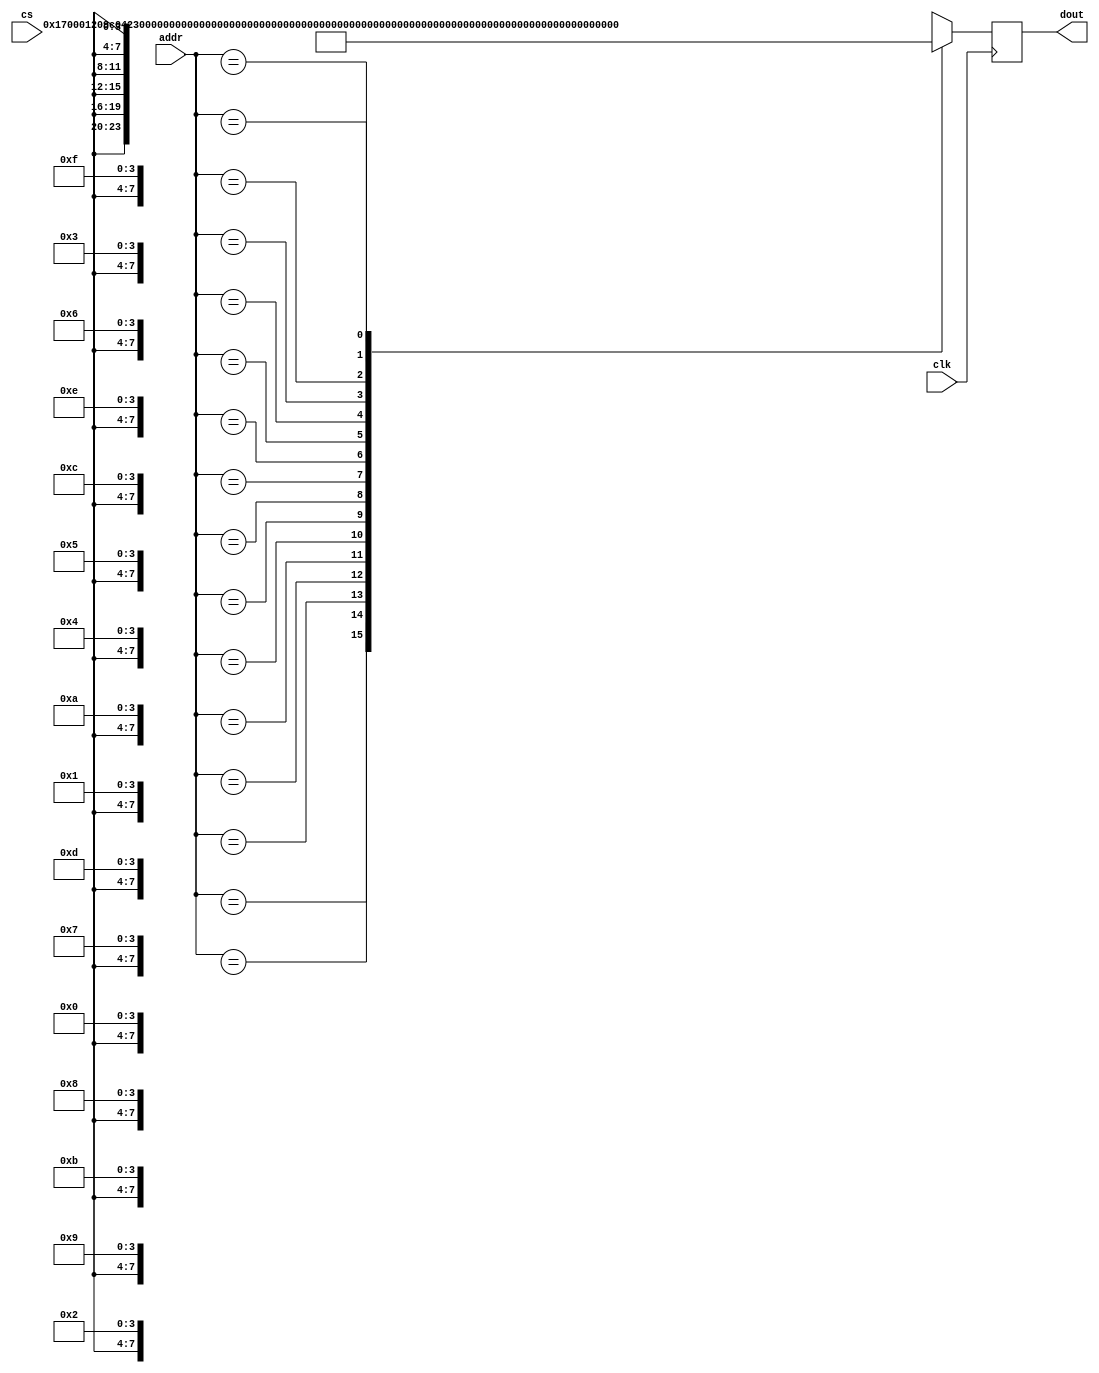
module CombinedROM
(
input clk,
input [7:0] addr,
output [23:0] dout,
input cs );
reg [23:0] q;
always @(posedge clk) 
begin 
case (addr) 
	8'h0x0: q<=24'b000000000001011100000000;
	8'h0x1: q<=24'b000000010010000010011100;
	8'h0x2: q<=24'b000001000010001010011101;
	8'h0x3: q<=24'b000000110010100010010100;
	8'h0x4: q<=24'b000000000010000000110000;
	8'h0x5: q<=24'b000000010100010000110000;
	8'h0x6: q<=24'b000000000010010000000000;
	8'h0x7: q<=24'b000100010001000001001000;
	8'h0x8: q<=24'b000000010001000001000010;
	8'h0x9: q<=24'b000001110010000010011100;
	8'h0xa: q<=24'b000000010011000001100000;
	8'h0xb: q<=24'b000011010010001010011101;
	8'h0xc: q<=24'b000011000010100010010100;
	8'h0xd: q<=24'b000010100000000010010000;
	8'h0xe: q<=24'b000000010011000000011100;
	8'h0xf: q<=24'b000001110000000010010100;
	8'h0x10: q<=24'b000000000011101100010000;
	8'h0x11: q<=24'b000000010011101100010000;
	8'h0x12: q<=24'b000000100011101100010000;
	8'h0x13: q<=24'b000000110011101100010000;
	8'h0x14: q<=24'b000001000011101100010000;
	8'h0x15: q<=24'b000001010011101100010000;
	8'h0x16: q<=24'b101110110010010010000100;
	8'h0x17: q<=24'b000001110011101100010000;
	8'h0x18: q<=24'b000010000011101100010000;
	8'h0x19: q<=24'b000010010011101100010000;
	8'h0x1a: q<=24'b000010100011101100010000;
	8'h0x1b: q<=24'b000010110011101100010000;
	8'h0x1c: q<=24'b000011000011101100010000;
	8'h0x1d: q<=24'b000011010011101100010000;
	8'h0x1e: q<=24'b000011100011101100010000;
	8'h0x1f: q<=24'b000011110011101100010000;
	8'h0x20: q<=24'b000100000111001110110100;
	8'h0x21: q<=24'b000100001011001110110100;
	8'h0x22: q<=24'b000100010111001110110100;
	8'h0x23: q<=24'b000100011011001110110100;
	8'h0x24: q<=24'b000100100111001110110100;
	8'h0x25: q<=24'b000100101011001110110100;
	8'h0x26: q<=24'b000100110111001110110100;
	8'h0x27: q<=24'b000100111011001110110100;
	8'h0x28: q<=24'b000101000111001110110100;
	8'h0x29: q<=24'b000101001011001110110100;
	8'h0x2a: q<=24'b000101010111001110110100;
	8'h0x2b: q<=24'b000101011011001110110100;
	8'h0x2c: q<=24'b000101100111001110110100;
	8'h0x2d: q<=24'b000101101011001110110100;
	8'h0x2e: q<=24'b000101110111001110110100;
	8'h0x2f: q<=24'b000101111011001110110100;
	8'h0x30: q<=24'b000110000111001110110100;
	8'h0x31: q<=24'b000110001011001110110100;
	8'h0x32: q<=24'b000110010111001110110100;
	8'h0x33: q<=24'b000110011011001110110100;
	8'h0x34: q<=24'b000110100111001110110100;
	8'h0x35: q<=24'b000110101011001110110100;
	8'h0x36: q<=24'b000110110111001110110100;
	8'h0x37: q<=24'b000110111011001110110100;
	8'h0x38: q<=24'b000111000111001110110100;
	8'h0x39: q<=24'b000111001011001110110100;
	8'h0x3a: q<=24'b000111010111001110110100;
	8'h0x3b: q<=24'b000111011011001110110100;
	8'h0x3c: q<=24'b000111100111001110110100;
	8'h0x3d: q<=24'b000111101011001110110100;
	8'h0x3e: q<=24'b000111110111001110110100;
	8'h0x3f: q<=24'b000111111011001110110100;
	8'h0x40: q<=24'b000000000010101100010000;
	8'h0x41: q<=24'b010001011011001110110100;
	8'h0x42: q<=24'b000001011011001100110000;
	8'h0x43: q<=24'b000011110011010000110000;
	8'h0x44: q<=24'b010010000000000010010100;
	8'h0x45: q<=24'b111111110001011100110000;
	8'h0x46: q<=24'b001001000001000100110001;
	8'h0x47: q<=24'b001101010001000100110001;
	8'h0x48: q<=24'b000011011100000000110000;
	8'h0x49: q<=24'b010011001100000010001100;
	8'h0x4a: q<=24'b000000000010001000000001;
	8'h0x4b: q<=24'b000011010011001000110001;
	8'h0x4c: q<=24'b110011000001000101000001;
	8'h0x4d: q<=24'b110111000001000001001010;
	8'h0x4e: q<=24'b110111000001000001001010;
	8'h0x4f: q<=24'b110111000001000001001010;
	8'h0x50: q<=24'b110111000001000001001010;
	8'h0x51: q<=24'b110111000001000001001010;
	8'h0x52: q<=24'b110111000001000001001010;
	8'h0x53: q<=24'b110111000001000001001010;
	8'h0x54: q<=24'b110111000001000001001010;
	8'h0x55: q<=24'b110111000001000001001010;
	8'h0x56: q<=24'b110111000001000001001010;
	8'h0x57: q<=24'b110111000001000001001010;
	8'h0x58: q<=24'b110111000001000001001010;
	8'h0x59: q<=24'b110111000001000001001010;
	8'h0x5a: q<=24'b110111000001000001001010;
	8'h0x5b: q<=24'b110111000001000001001010;
	8'h0x5c: q<=24'b110111000001000001001010;
	8'h0x5d: q<=24'b000011100010000000110000;
	8'h0x5e: q<=24'b000111011100001000110001;
	8'h0x5f: q<=24'b011000110000000010010000;
	8'h0x60: q<=24'b000001010011000000001100;
	8'h0x61: q<=24'b000000000010001000000001;
	8'h0x62: q<=24'b000011010011001000110001;
	8'h0x63: q<=24'b011101110001000101000001;
	8'h0x64: q<=24'b110101110001000001001010;
	8'h0x65: q<=24'b110101110001000001001010;
	8'h0x66: q<=24'b110101110001000001001010;
	8'h0x67: q<=24'b110101110001000001001010;
	8'h0x68: q<=24'b110101110001000001001010;
	8'h0x69: q<=24'b110101110001000001001010;
	8'h0x6a: q<=24'b110101110001000001001010;
	8'h0x6b: q<=24'b110101110001000001001010;
	8'h0x6c: q<=24'b110101110001000001001010;
	8'h0x6d: q<=24'b110101110001000001001010;
	8'h0x6e: q<=24'b110101110001000001001010;
	8'h0x6f: q<=24'b110101110001000001001010;
	8'h0x70: q<=24'b110101110001000001001010;
	8'h0x71: q<=24'b110101110001000001001010;
	8'h0x72: q<=24'b110101110001000001001010;
	8'h0x73: q<=24'b110101110001000001001010;
	8'h0x74: q<=24'b110001110001000000110000;
	8'h0x75: q<=24'b000011100011000001010000;
	8'h0x76: q<=24'b000011000010000001010000;
	8'h0x77: q<=24'b110011100001000000000000;
	8'h0x78: q<=24'b011110100010000010011100;
	8'h0x79: q<=24'b000001110011000000110001;
	8'h0x7a: q<=24'b011111010000000010010000;
	8'h0x7b: q<=24'b000011110011000000011100;
	8'h0x7c: q<=24'b000001110011100000010000;
	8'h0x7d: q<=24'b001001110001000000110000;
	8'h0x7e: q<=24'b000111011100000000110000;
	8'h0x7f: q<=24'b100000110000000010010000;
	8'h0x80: q<=24'b000001000011000000001100;
	8'h0x81: q<=24'b000000000010001000000001;
	8'h0x82: q<=24'b110111010011001000110001;
	8'h0x83: q<=24'b110011000001000101000001;
	8'h0x84: q<=24'b110111000001000001001010;
	8'h0x85: q<=24'b110111000001000001001010;
	8'h0x86: q<=24'b110111000001000001001010;
	8'h0x87: q<=24'b110111000001000001001010;
	8'h0x88: q<=24'b110111000001000001001010;
	8'h0x89: q<=24'b110111000001000001001010;
	8'h0x8a: q<=24'b110111000001000001001010;
	8'h0x8b: q<=24'b110111000001000001001010;
	8'h0x8c: q<=24'b110111000001000001001010;
	8'h0x8d: q<=24'b110111000001000001001010;
	8'h0x8e: q<=24'b110111000001000001001010;
	8'h0x8f: q<=24'b110111000001000001001010;
	8'h0x90: q<=24'b110111000001000001001010;
	8'h0x91: q<=24'b110111000001000001001010;
	8'h0x92: q<=24'b110111000001000001001010;
	8'h0x93: q<=24'b110111000001000001001010;
	8'h0x94: q<=24'b000010010010000000110000;
	8'h0x95: q<=24'b000011011100000000110000;
	8'h0x96: q<=24'b100110100000000010010000;
	8'h0x97: q<=24'b000001010011000000001100;
	8'h0x98: q<=24'b000000000010001000000001;
	8'h0x99: q<=24'b000011010011001000110001;
	8'h0x9a: q<=24'b100010000001001001000001;
	8'h0x9b: q<=24'b110110000001000001001010;
	8'h0x9c: q<=24'b110110000001000001001010;
	8'h0x9d: q<=24'b110110000001000001001010;
	8'h0x9e: q<=24'b110110000001000001001010;
	8'h0x9f: q<=24'b110110000001000001001010;
	8'h0xa0: q<=24'b110110000001000001001010;
	8'h0xa1: q<=24'b110110000001000001001010;
	8'h0xa2: q<=24'b110110000001000001001010;
	8'h0xa3: q<=24'b110110000001000001001010;
	8'h0xa4: q<=24'b110110000001000001001010;
	8'h0xa5: q<=24'b110110000001000001001010;
	8'h0xa6: q<=24'b110110000001000001001010;
	8'h0xa7: q<=24'b110110000001000001001010;
	8'h0xa8: q<=24'b110110000001000001001010;
	8'h0xa9: q<=24'b110110000001000001001010;
	8'h0xaa: q<=24'b110110000001000001001010;
	8'h0xab: q<=24'b110010000001000000110000;
	8'h0xac: q<=24'b000010010011000001010000;
	8'h0xad: q<=24'b000011000010000001010000;
	8'h0xae: q<=24'b110010010001000000110000;
	8'h0xaf: q<=24'b101100100010010010000000;
	8'h0xb0: q<=24'b000010010011000001101100;
	8'h0xb1: q<=24'b000010000011000000110001;
	8'h0xb2: q<=24'b101101010000000010010000;
	8'h0xb3: q<=24'b000011110011000000011100;
	8'h0xb4: q<=24'b000010000011100000110000;
	8'h0xb5: q<=24'b001110000001000000110000;
	8'h0xb6: q<=24'b000000000001011100000000;
	8'h0xb7: q<=24'b100110010100010000110000;
	8'h0xb8: q<=24'b100111001100000000110000;
	8'h0xb9: q<=24'b000010000011000000000000;
	8'h0xba: q<=24'b101111110000000010010100;
	8'h0xbb: q<=24'b000000000010000100000000;
	8'h0xbc: q<=24'b011001101000110000110000;
	8'h0xbd: q<=24'b101011001100000000110000;
	8'h0xbe: q<=24'b000010110011000000000000;
	8'h0xbf: q<=24'b011111100000011000110000;
	8'h0xc0: q<=24'b110010000000000010010000;
	8'h0xc1: q<=24'b000011010010000000111100;
	8'h0xc2: q<=24'b000011010010001000110000;
	8'h0xc3: q<=24'b110001110000000010010000;
	8'h0xc4: q<=24'b000011000011001000001100;
	8'h0xc5: q<=24'b110001110010000010011101;
	8'h0xc6: q<=24'b000011010011000000110001;
	8'h0xc7: q<=24'b110010010010000010000101;
	8'h0xc8: q<=24'b000011000011000000000000;
	8'h0xc9: q<=24'b110011000000000010010000;
	8'h0xca: q<=24'b011111001100000000111100;
	8'h0xcb: q<=24'b011111001100001000110001;
	8'h0xcc: q<=24'b011011111100001100110000;
	8'h0xcd: q<=24'b110011010001000100110001;
	8'h0xce: q<=24'b110100101100000010011100;
	8'h0xcf: q<=24'b110011010001000011100000;
	8'h0xd0: q<=24'b000011110011000100111100;
	8'h0xd1: q<=24'b110101010000000010010100;
	8'h0xd2: q<=24'b000011010011000001100000;
	8'h0xd3: q<=24'b110011010010000010000001;
	8'h0xd4: q<=24'b000011110011000100111100;
	8'h0xd5: q<=24'b110110000000000010010000;
	8'h0xd6: q<=24'b000011100011000000011100;
	8'h0xd7: q<=24'b000000000010101000000001;
	8'h0xd8: q<=24'b000000000010100000010000;
	8'h0xd9: q<=24'b000001011011001100110000;
	8'h0xda: q<=24'b000001110011000000000000;
	8'h0xdb: q<=24'b010011100000000001011000;
	8'h0xdc: q<=24'b000010000011000000000000;
	8'h0xdd: q<=24'b010111110000000001011000;
	8'h0xde: q<=24'b111010000000000010010000;
	8'h0xdf: q<=24'b101111100001001000011101;
	8'h0xe0: q<=24'b111111100001001000011101;
	8'h0xe1: q<=24'b111011110001000000000000;
	8'h0xe2: q<=24'b000000000010001000011101;
	8'h0xe3: q<=24'b111001111100000000110000;
	8'h0xe4: q<=24'b111110001100000000110000;
	8'h0xe5: q<=24'b110110100000000010010000;
	8'h0xe6: q<=24'b000001100011000100111100;
	8'h0xe7: q<=24'b000010000011100000010000;
	8'h0xe8: q<=24'b111001001100000000110000;
	8'h0xe9: q<=24'b111101011100000000110000;
	8'h0xea: q<=24'b111001010000000010010100;
	8'h0xeb: q<=24'b000000111011001100110000;
	8'h0xec: q<=24'b111100000000000010010000;
	8'h0xed: q<=24'b000000100001000100110001;
	8'h0xee: q<=24'b000000100011000000011100;
	8'h0xef: q<=24'b000000100011001000110001;
	8'h0xf0: q<=24'b111101000000000010010000;
	8'h0xf1: q<=24'b000100110001000100110001;
	8'h0xf2: q<=24'b000000110011000000011100;
	8'h0xf3: q<=24'b000000110011001000110001;
	8'h0xf4: q<=24'b001011001100000000110000;
	8'h0xf5: q<=24'b001111011100000000110000;
	8'h0xf6: q<=24'b111110100000000010010000;
	8'h0xf7: q<=24'b001000110001000100011101;
	8'h0xf8: q<=24'b001111001100000000110000;
	8'h0xf9: q<=24'b001011011100000000110000;
	8'h0xfa: q<=24'b000011000011000001010000;
	8'h0xfb: q<=24'b000011000011000001010000;
	8'h0xfc: q<=24'b110011010001000000110000;
	8'h0xfd: q<=24'b000011000011000001010000;
	8'h0xfe: q<=24'b110011010001100000110000;
	8'h0xff: q<=24'b000000000000000000000000;
endcase
end
assign dout=q;
endmodule